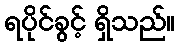
ရပိုင်ခွင့် ရှိသည်။